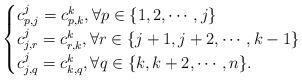
LaTeX: \begin{align*}\begin{cases}c_{p,j}^j=c_{p,k}^k, \forall p\in \{1,2,\cdots, j\}\\c_{j,r}^j=c_{r,k}^k, \forall r\in \{ j+1,j+2,\cdots, k-1\}\\c_{j,q}^j=c_{k,q}^k, \forall q\in \{k,k+2,\cdots, n\}.\end{cases}\end{align*}